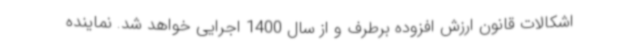
اشکالات قانون ارزش افزوده برطرف و از سال 1400 اجرایی خواهد شد. نماینده